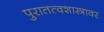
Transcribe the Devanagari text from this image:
पुरातत्वशास्त्रावर